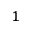
^ 1